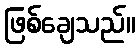
ဖြစ်ချေသည်။